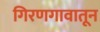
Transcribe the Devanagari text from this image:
गिरणगावातून